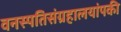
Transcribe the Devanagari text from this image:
वनस्पतिसंग्रहालयांपकी